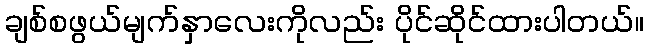
ချစ်စဖွယ်မျက်နှာလေးကိုလည်း ပိုင်ဆိုင်ထားပါတယ်။